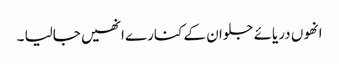
انھوں دریائے جلوان کے کنارے انھیں جالیا ۔